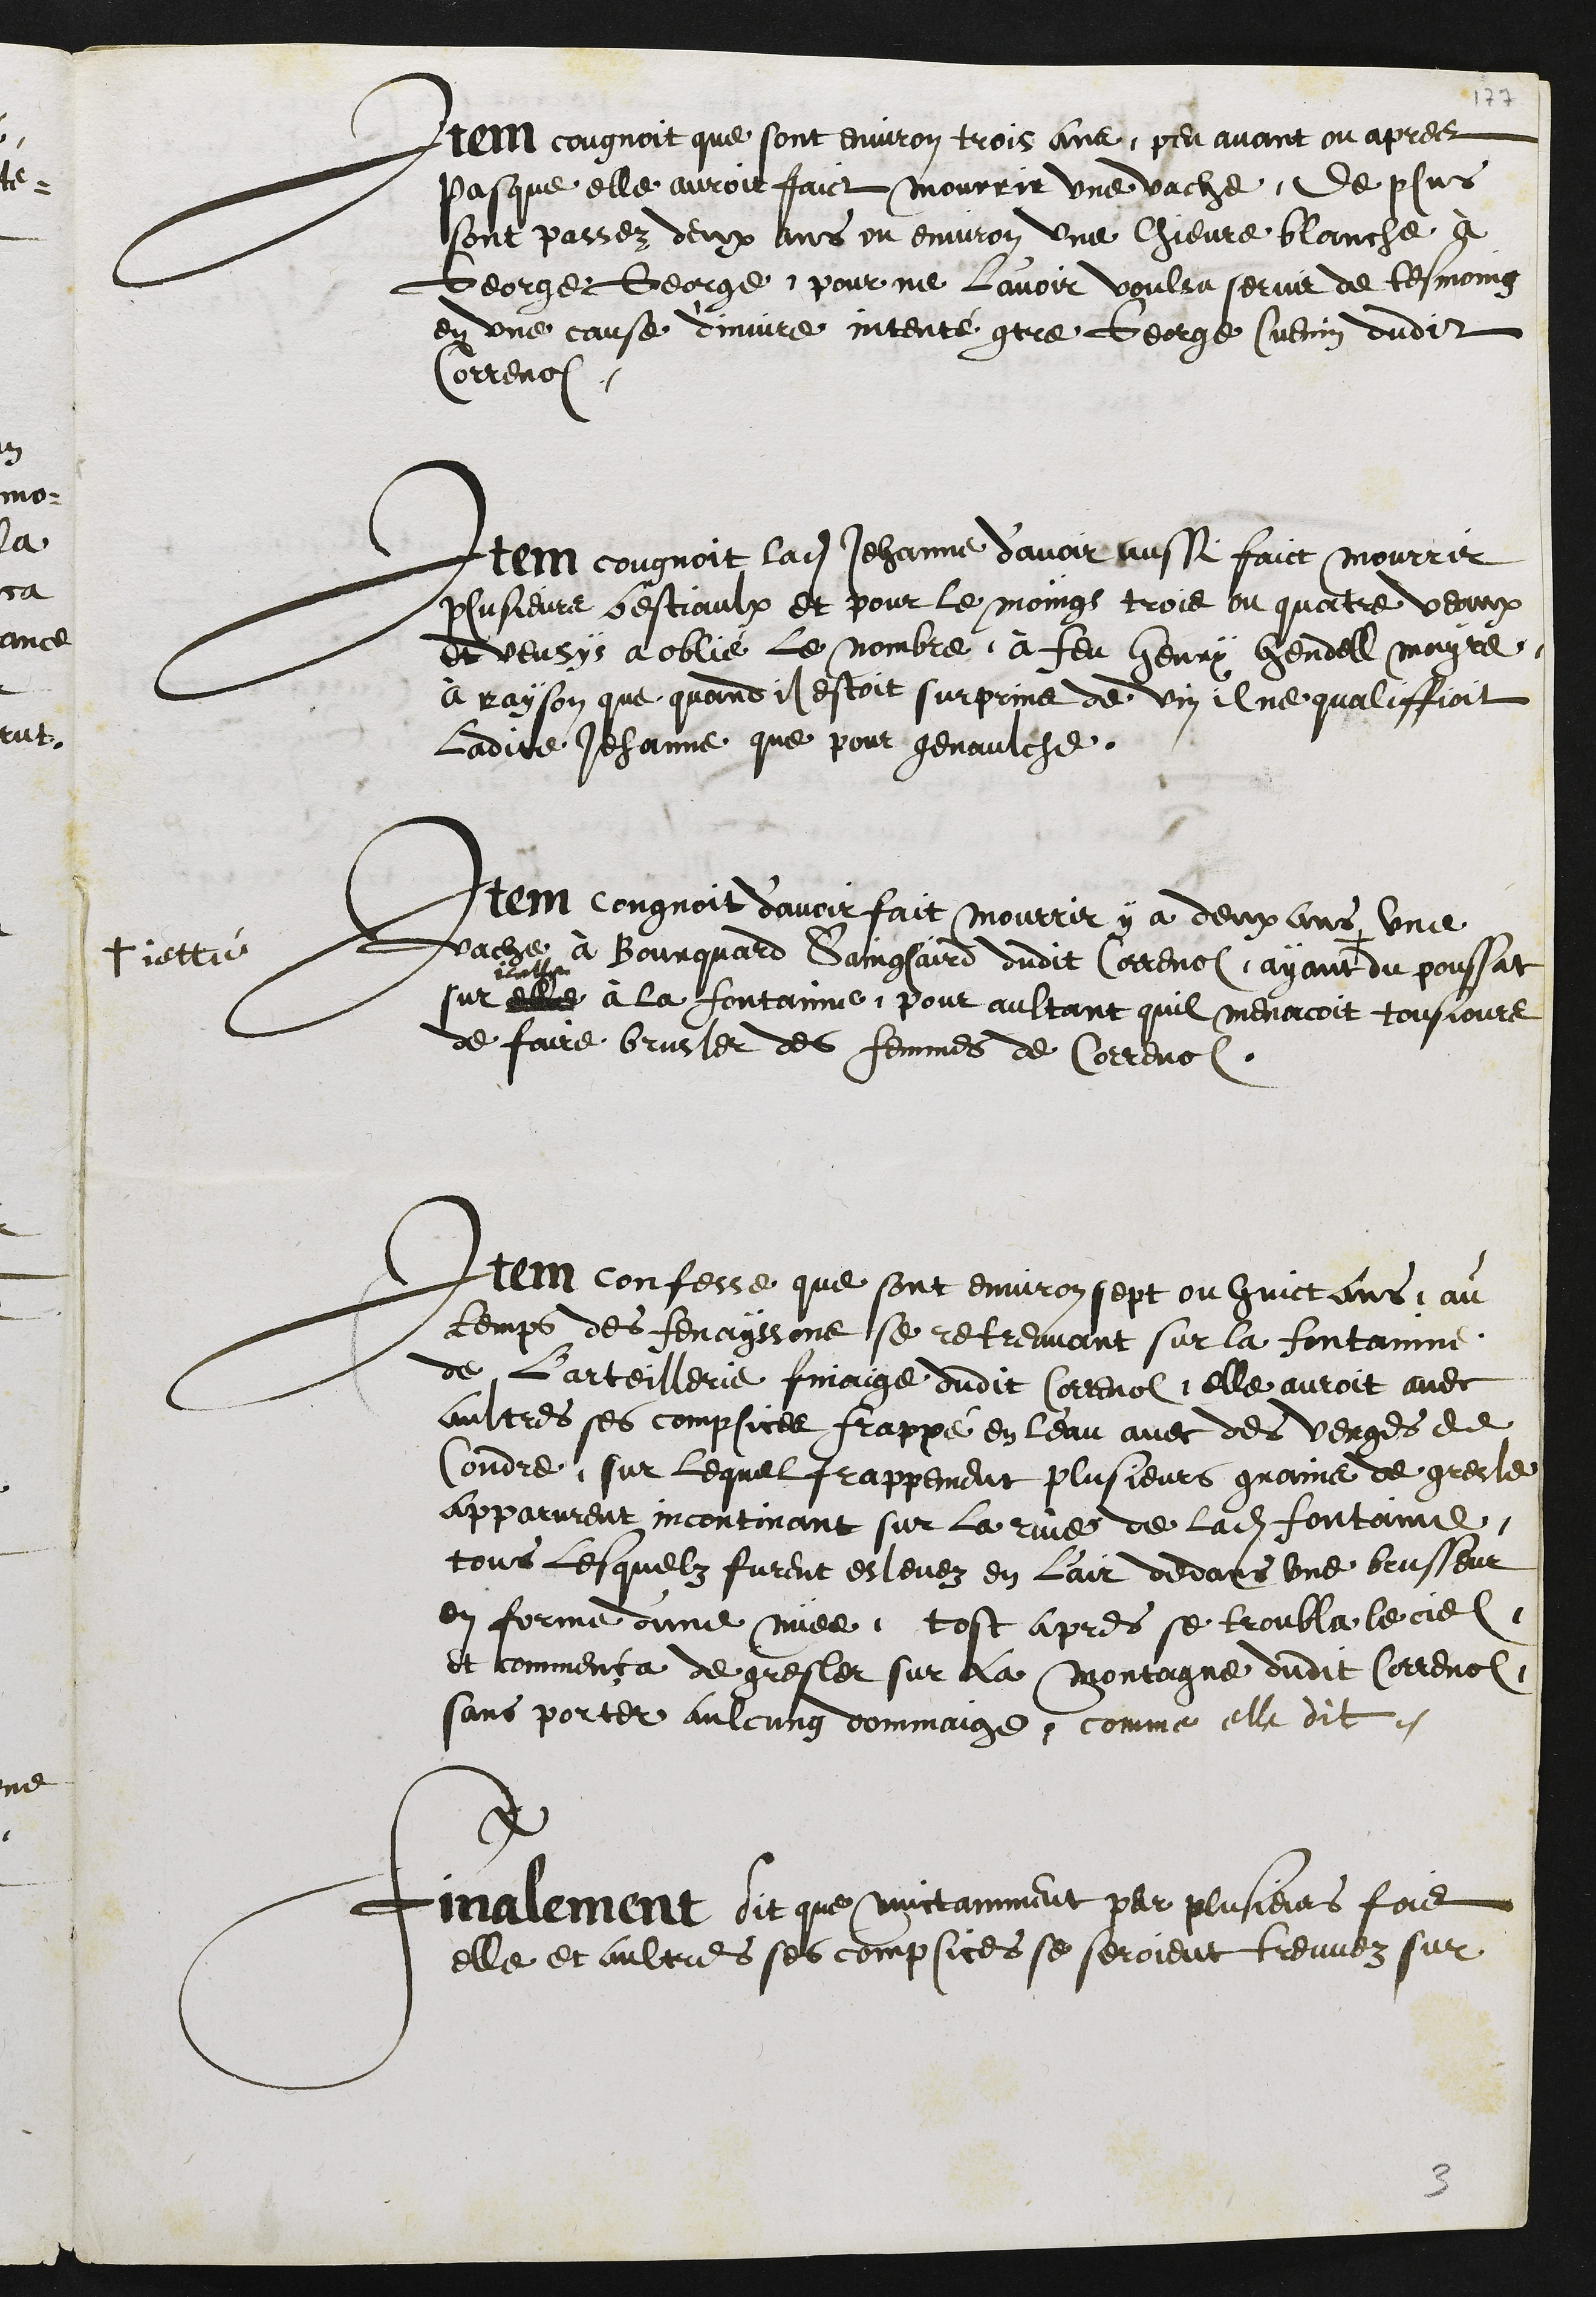
Item cougnoit que sont environ trois ans, peu avant ou apres
Pasque elle auroit faict mourrir une vache, de plus
sont passez deux ans ou environ une chievre blanche, à
George George pour ne l'avoir voulsu servir de tesmoing
en une cause d'injure intenté contre George Cuenin dudit
Correnol
Item cougnoit ladite Jehanne d’avoir aussi faict mourrir
plusieurs bestiaulx et pour le moings trois ou quatre veaux
et veusys a oblié le nombre à feu Henry Hendell mayre
à rayson que quand il estoit surprins de vin il ne qualliffioit
ladite Jehanne que pour genaulche
Item congnoit d’avoir fait mourrir y a deux ans une
vache à Bourquard Sainglaird dudit Correnol, ayant +
+ jetté
du poussat
sur elle
icelle
à la fontaine, pour aultant quil menacoit tousjours
de faire brusler des femmes de Correnol.
Item confesse que sont environ sept ou huict ans, au
temps des fenayssons se retreuvant sur la fontainne
de l'arteillerie finaige dudit Correnol, elle auroit avec
aultres ses complices frappé en leau avec des verges de
Coudre, sur lequel frappement plusieurs grains de gresle,
apparurent incontinant sur la rive de ladite fontaine,
tous lesquelz furent eslevez en l'air dedans une brusseur
en forme d'une nuee, tost apres se troubla le ciel
et commença de gresler sur la Montagne dudit Correnol,
sans porter aulcung dommaige, comme elle dit.
Finalement dit que nuictamment par plusieurs fois
elle et aultres ses complices, se seroient treuvez sur
3